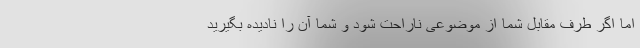
اما اگر طرف مقابل شما از موضوعی ناراحت شود و شما آن را نادیده بگیرید